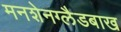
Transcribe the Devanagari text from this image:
मनशेनग्लैडबाख